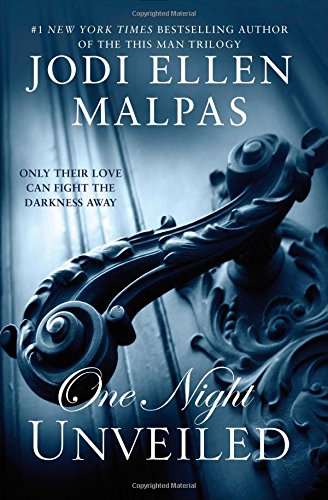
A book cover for ONE NIGHT: UNVEILED (The One Night Trilogy); Jodi Ellen Malpas; Romance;